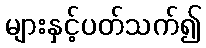
များနှင့်ပတ်သက်၍